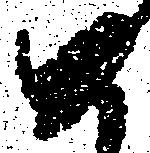
め